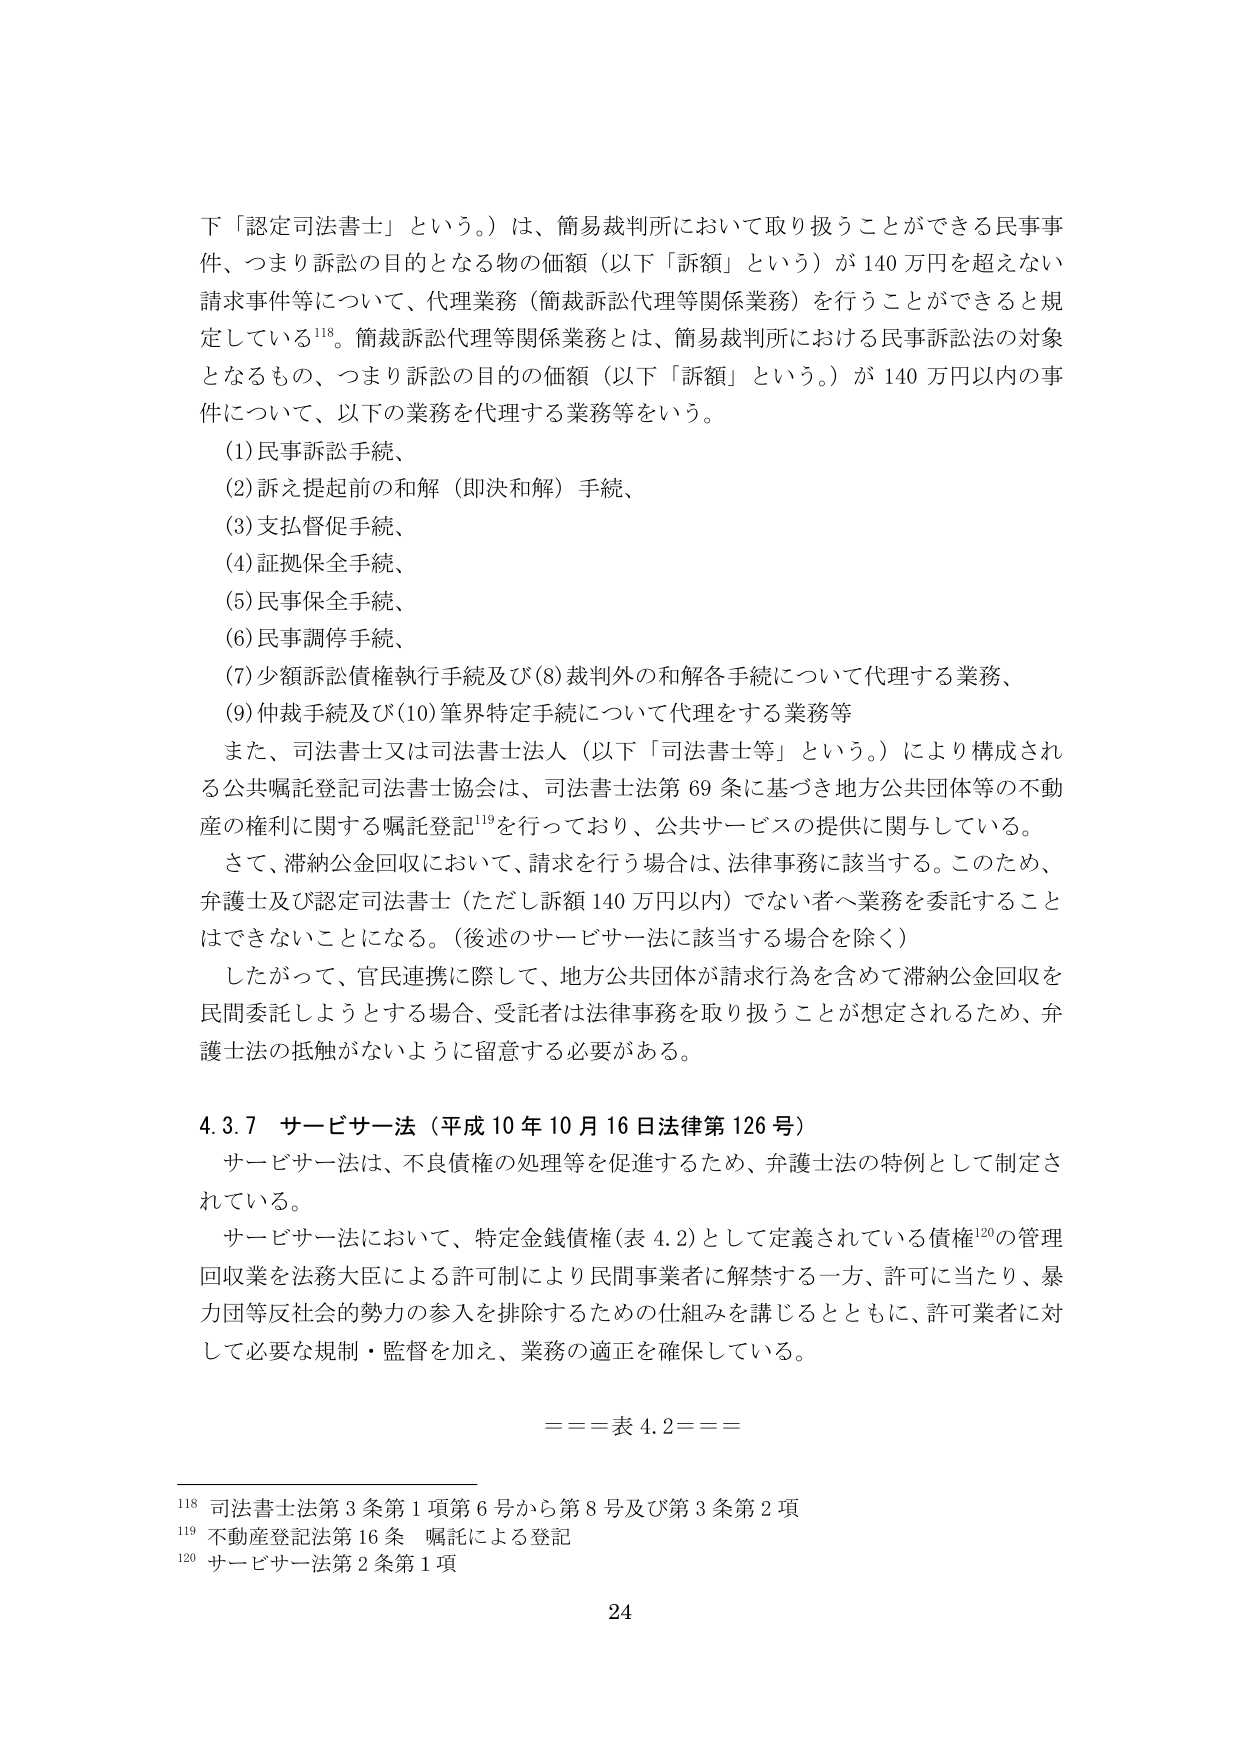
下「認定司法書士」という。）は、簡易裁判所において取り扱うことができる民事事件、つまり訴訟の目的となる物の価額（以下「訴額」という）が140万円を超えない請求事件等について、代理業務（簡裁訴訟代理等関係業務）を行うことができると規定している118。簡裁訴訟代理等関係業務とは、簡易裁判所における民事訴訟法の対象となるもの、つまり訴訟の目的の価額（以下「訴額」という。）が140万円以内の事件について、以下の業務を代理する業務等をいう。

(1) 民事訴訟手続、
(2) 訴え提起前の和解（即決和解）手続、
(3) 支払督促手続、
(4) 証拠保全手続、
(5) 民事保全手続、
(6) 民事調停手続、
(7) 少額訴訟債権執行手続及び(8) 裁判外の和解各手続について代理する業務、
(9) 仲裁手続及び(10) 筆界特定手続について代理をする業務等

また、司法書士又は司法書士法人（以下「司法書士等」という。）により構成される公共嘱託登記司法書士協会は、司法書士法第69条に基づき地方公共団体等の不動産の権利に関する嘱託登記119を行っており、公共サービスの提供に関与している。

さて、滞納公金回収において、請求を行う場合は、法律事務に該当する。このため、弁護士及び認定司法書士（ただし訴額140万円以内）でない者へ業務を委託することはできないことになる。（後述のサービサー法に該当する場合を除く）

したがって、官民連携に際して、地方公共団体が請求行為を含めて滞納公金回収を民間委託しようとする場合、受託者は法律事務を取り扱うことが想定されるため、弁護士法の抵触がないように留意する必要がある。

4.3.7 サービサー法（平成10年10月16日法律第126号）

サービサー法は、不良債権の処理等を促進するため、弁護士法の特例として制定されている。

サービサー法において、特定金銭債権（表4.2）として定義されている債権120の管理回収業を法務大臣による許可制により民間事業者に解禁する一方、許可に当たり、暴力団等反社会的勢力の参入を排除するための仕組みを講じるとともに、許可業者に対して必要な規制・監督を加え、業務の適正を確保している。

===表4.2===

118 司法書士法第3条第1項第6号から第8号及び第3条第2項
119 不動産登記法第16条 嘱託による登記
120 サービサー法第2条第1項

24